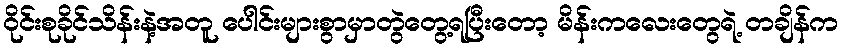
ဝိုင်းစုခိုင်သိန်းနဲ့အတူ ပေါင်းများစွာမှာတွဲတွေ့ရပြီးတော့ မိန်းကလေးတွေရဲ့ တချိန်က